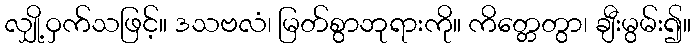
လျှို့ဝှက်သဖြင့်။ ဒသဗလံ၊ မြတ်စွာဘုရားကို။ ကိတ္တေတွာ၊ ချီးမွမ်း၍။